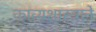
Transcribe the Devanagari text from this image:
काव्यशास्त्राने